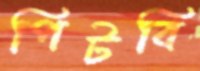
পিটবি